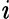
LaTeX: \mathit{i}